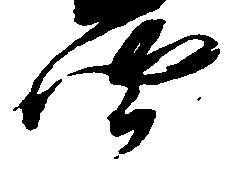
聞